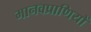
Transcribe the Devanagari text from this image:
मानवप्राणियों